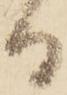
る